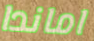
اماندا